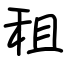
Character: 租